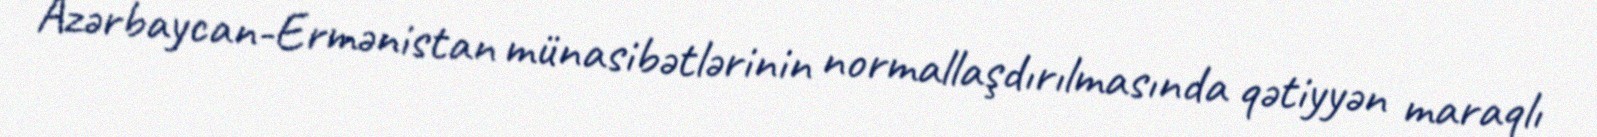
Azərbaycan-Ermənistan münasibətlərinin normallaşdırılmasında qətiyyən maraqlı